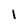
Character: 1